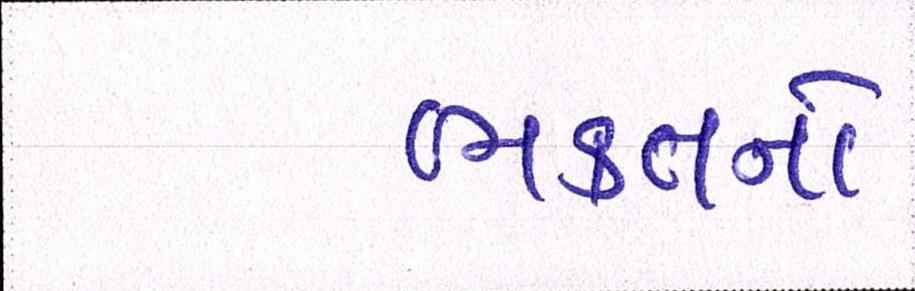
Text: ભક્તનો